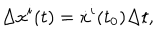
\Delta x ^ { i } ( t ) = \dot { x } ^ { i } ( t _ { 0 } ) \Delta t ,